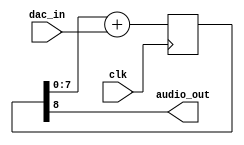
/*
 *  8 bit pwm DAC
 *  Copyright (C) 2010  Donna Polehn <dpolehn@verizon.net>
 *
 *  This file is part of the Zet processor. This processor is free
 *  hardware; you can redistribute it and/or modify it under the terms of
 *  the GNU General Public License as published by the Free Software
 *  Foundation; either version 3, or (at your option) any later version.
 *
 *  Zet is distrubuted in the hope that it will be useful, but WITHOUT
 *  ANY WARRANTY; without even the implied warranty of MERCHANTABILITY
 *  or FITNESS FOR A PARTICULAR PURPOSE. See the GNU General Public
 *  License for more details.
 *
 *  You should have received a copy of the GNU General Public License
 *  along with Zet; see the file COPYING. If not, see
 *  <http://www.gnu.org/licenses/>.
 */

module sound_dac8 (
    input        clk,
    input  [7:0] dac_in,
    output       audio_out
  );

  reg [8:0] dac_register;

  assign audio_out = dac_register[8];

  always @(posedge clk) dac_register <= dac_register[7:0] + dac_in;

endmodule